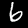
Digit: 6